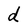
Character: d